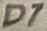
Text: D7